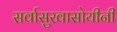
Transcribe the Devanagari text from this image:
सर्वासुखासोयीनी